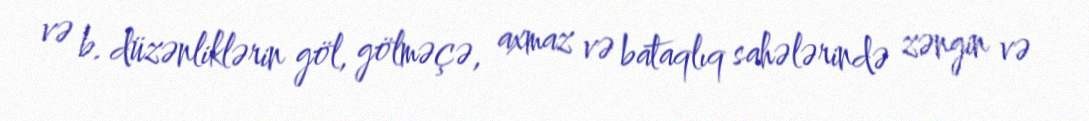
və b. düzənliklərin göl, gölməçə, axmaz və bataqlıq sahələrində zəngin və